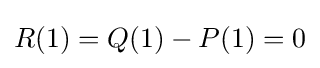
R(1)=Q(1)-P(1)=0